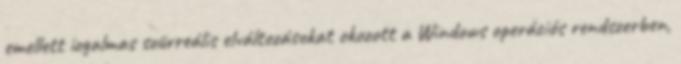
emellett izgalmas szürreális elváltozásokat okozott a Windows operációs rendszerben,